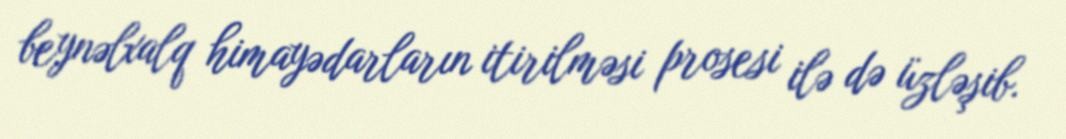
beynəlxalq himayədarların itirilməsi prosesi ilə də üzləşib.